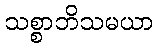
သစ္စာဘိသမယာ